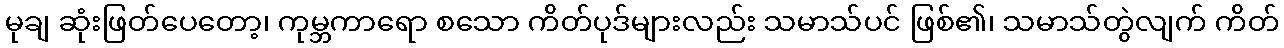
မုချ ဆုံးဖြတ်ပေတော့၊ ကုမ္ဘကာရော စသော ကိတ်ပုဒ်များလည်း သမာသ်ပင် ဖြစ်၏၊ သမာသ်တွဲလျက် ကိတ်